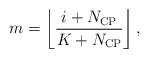
\begin{align*} m = \left\lfloor {\frac{{i + {N_{{\rm{CP}}}}}}{{K + {N_{{\rm{CP}}}}}}} \right\rfloor, \end{align*}